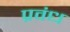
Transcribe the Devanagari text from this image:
प्रवंध